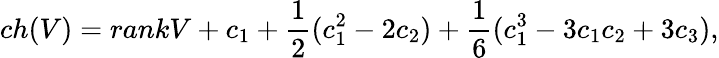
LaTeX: ch(V)=rankV+c_{1}+\frac{1}{2}(c_{1}^{2}-2c_{2})+\frac{1}{6}(c_{1}^{3}-3c_{1}c_{2}+3c_{3}),